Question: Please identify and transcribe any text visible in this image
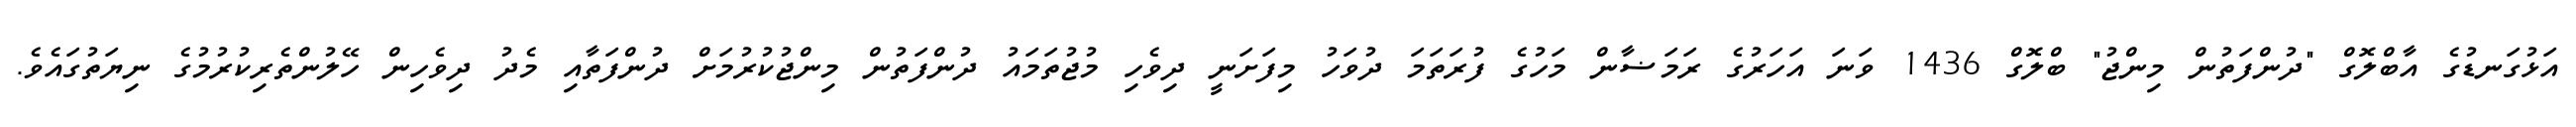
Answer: އަޅުގަނޑުގެ އާބްލޮގް "ދުންފަތުން މިންޖު" ބްލޮގް 1436 ވަނަ އަހަރުގެ ރަމަޟާން މަހުގެ ފުރަތަމަ ދުވަހު މިފަށަނީ ދިވެހި މުޖުތަމައު ދުންފަތުން މިންޖުކުރުމަށް ދުންފަތާއި މެދު ދިވެހިން ހޭލުންތެރިކުރުމުގެ ނިޔަތުގައެވެ.